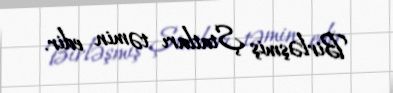
Birləşmiş Ştatları təmin edir.